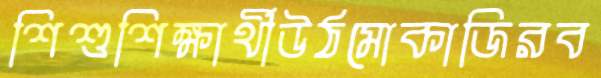
শিশুশিক্ষার্থীউঠমোকাজিরব